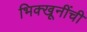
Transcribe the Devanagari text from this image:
भिक्खूनींची